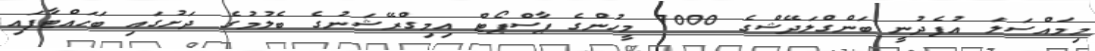
މިމައްސަލަ އުފެދުނީ ބަންގްލަދޭޝްގެ 7000 މީހުންގެ ޕާސްޕޯޓް އިމިގްރޭޝަނުގެ ބެލުމުގެ ދަށުގައި ބަހައްޓާފައި